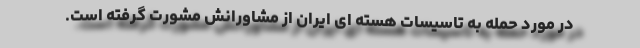
در مورد حمله به تاسیسات هسته ای ایران از مشاورانش مشورت گرفته است.